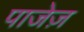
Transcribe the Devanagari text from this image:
पाजेज़